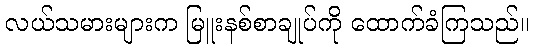
လယ်သမားများက မြူးနစ်စာချုပ်ကို ထောက်ခံကြသည်။